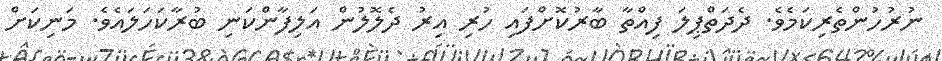
ނުރުހުންތެރިކަމެވެ. ދެދަތްޕިލަ ފިއްތާ ބާރުކޮށްފައި ހުރި އިރު ދެލޮލުން އަލިފާންކަނި ބުރާކަހަލައެވެ. މަނިކަށް